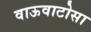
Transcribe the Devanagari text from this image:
वाऊवाटोसा